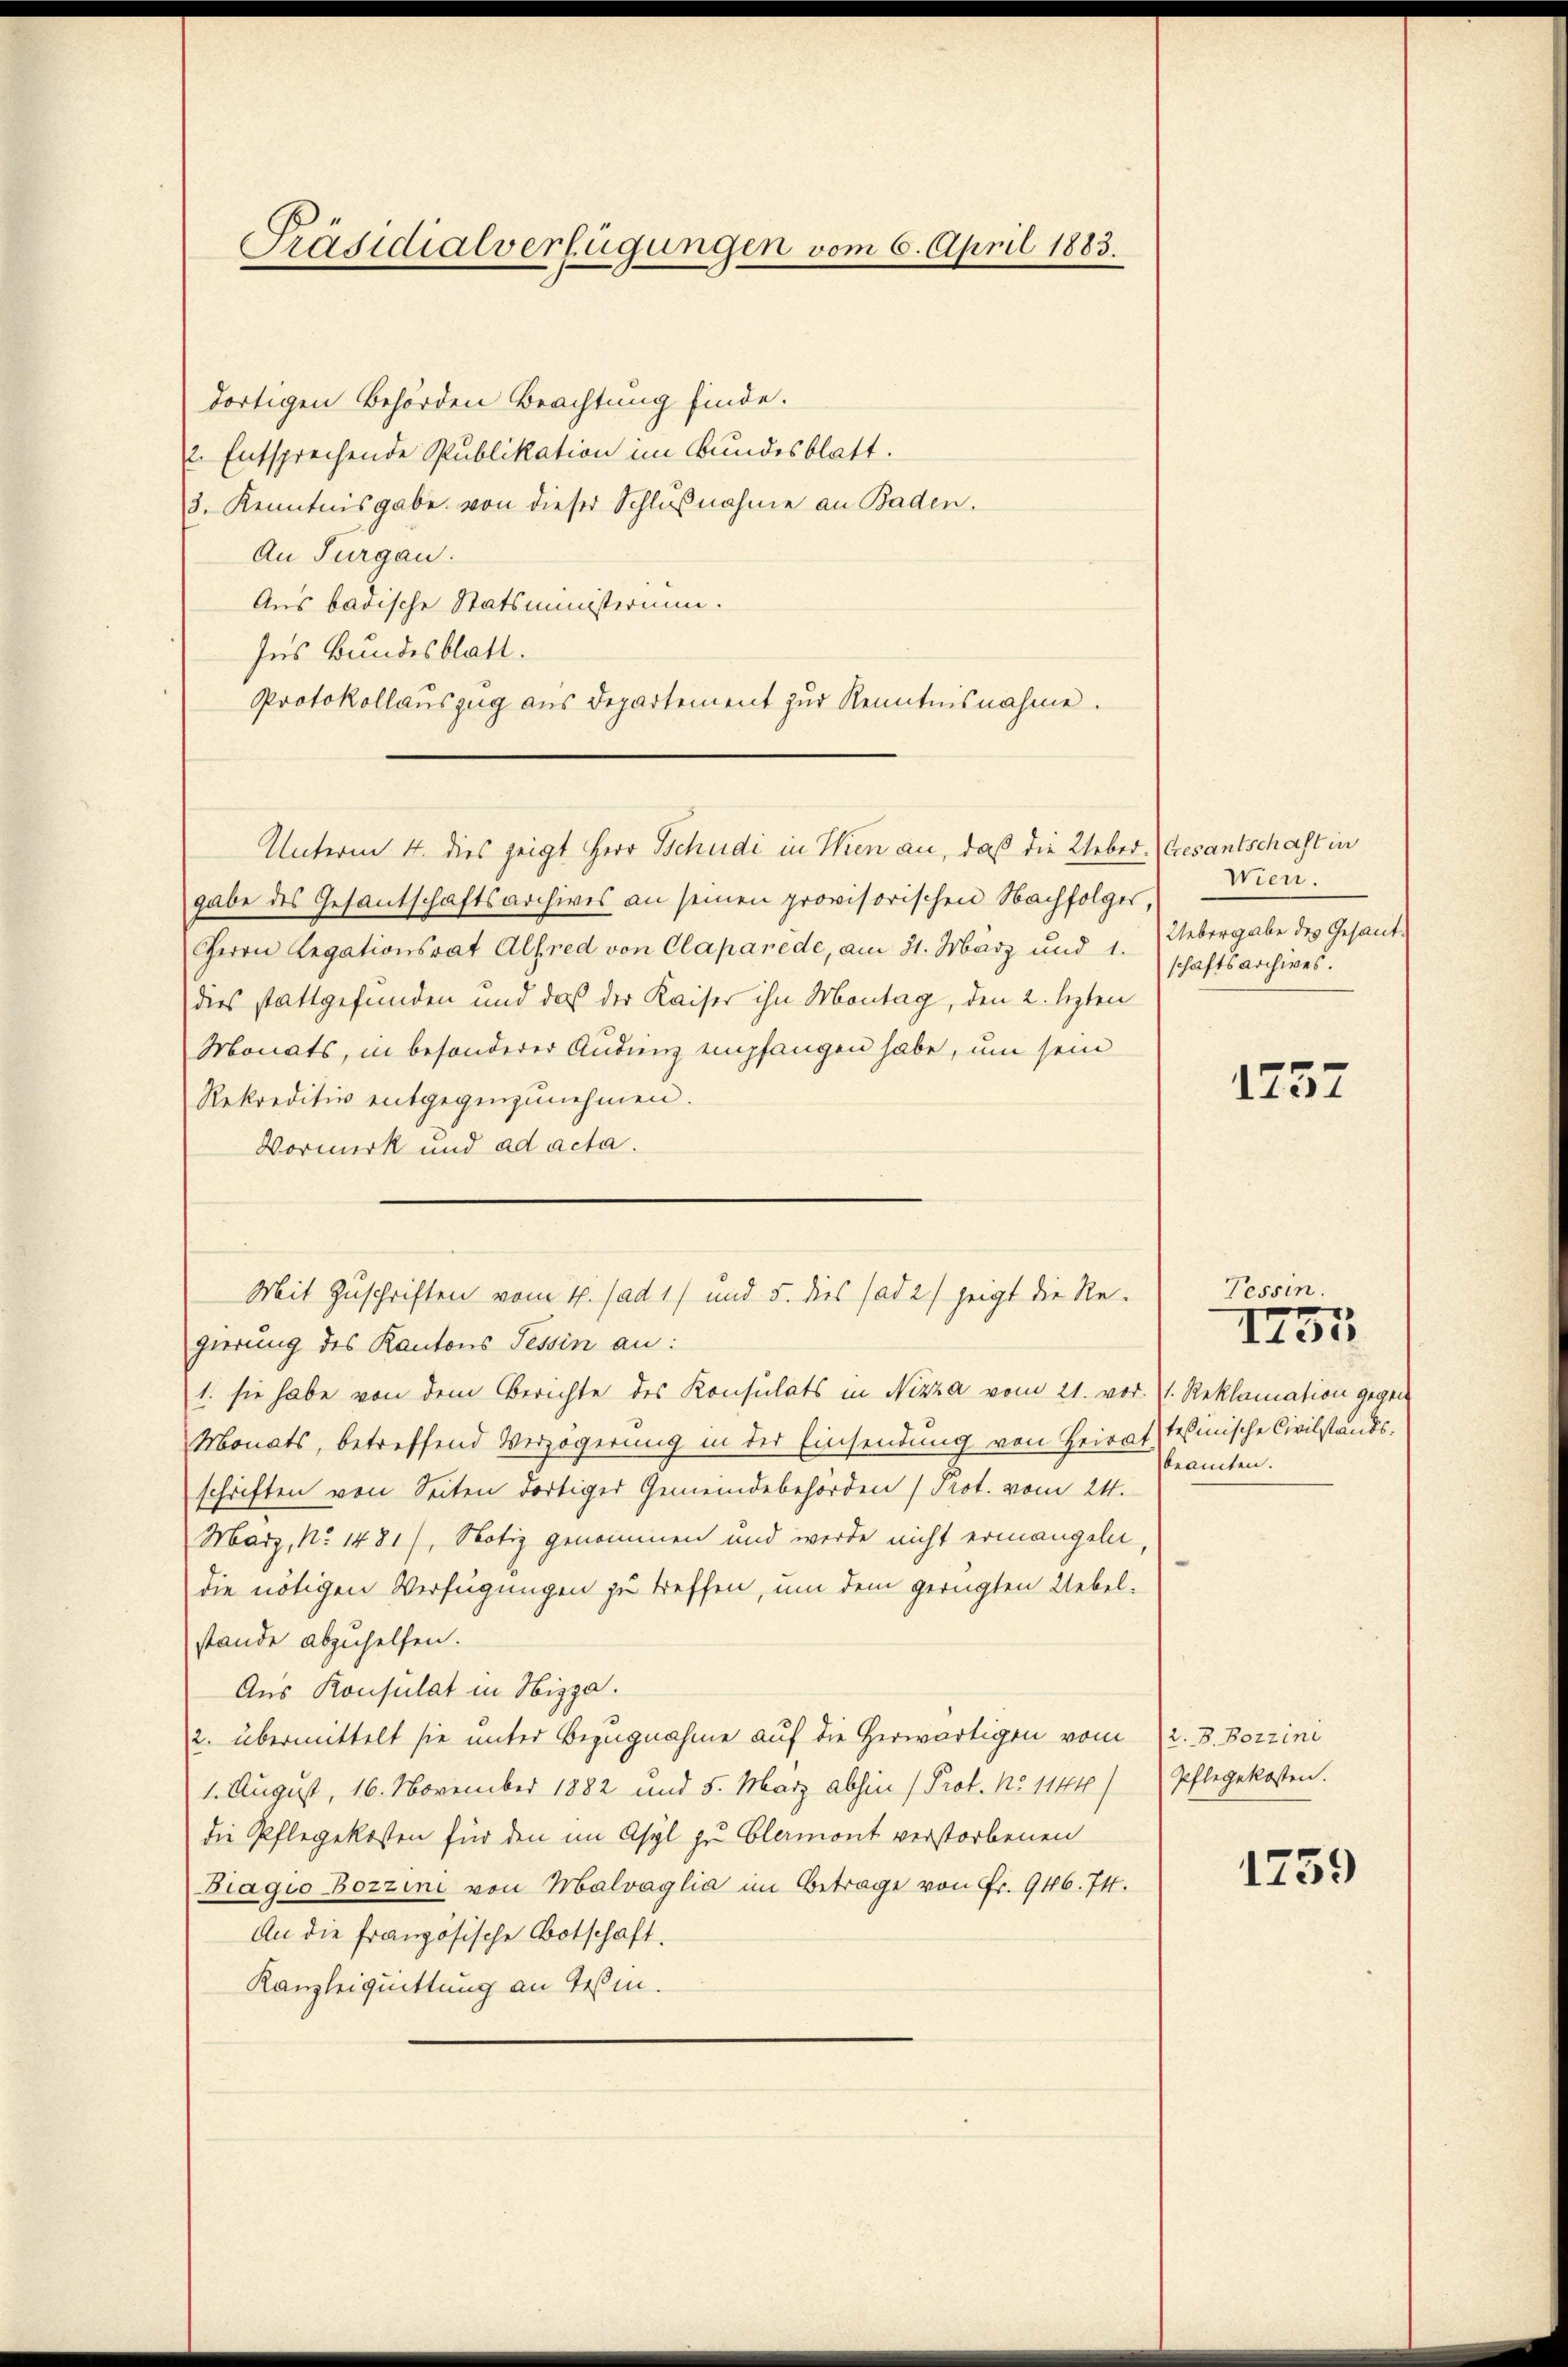
Präsidialverfügungen vom 6. April 1883.

dortigen Behörden Beachtung finde.
2. Entsprechende Publikation im Bundesblatt.
3. Kenntnisgabe von dieser Schlußnahme an Baden.
An Turgau.
Aus badische Statsministerium.
Ins Bundesblatt.
Protokollauszug aus Departement zur Kenntnisnahme.
gabe des Gesantschaftsarchives an seinen provisorischen Nachfolger,
Herrn Legationsrat Alfred von Claparede, am 31. März und 1. Uebergabe des Gesant-
dies stattgefunden und daß der Kaiser ihn Montag, den 2. lezten
Monats, in besonderer Audienz empfangen habe, um sein
Rekreditiv entgegenzunehmen.
Vormerk und ad acta.
gierung des Kantons Tessin an:
1. sie habe von dem Berichte des Konsulats in Nizza vom 21. vor.
Monats, betreffend Verzögerung in der Einsendung von Heirat-
schriften von Seiten dortiger Gemeindebehörden (Prot. vom 24.
Marz, No 1481/, Notiz genommen und werde nicht ermangeln,
die nötigen Verfügungen zu treffen, um dem gerügten Uebelstände abzuhelfen.
Aus Konsulat in Hizga.
2. übermittelt sie unter Bezugnahme auf die Herwärtigen vom
1. August, 16. November 1882 und 5. März abhin (Prof. No 1144/
die Pflegekosten für den im Asyl zu Clemont verstorbenen
Biagio Bozzini von Malvaglia im Betrage von Fr. 946. 74.
An die französische Botschaft.
Kanzleiquittung an Teßin.

Unterm 4. dies zeigt Herr Schudi in Wien an, daß die Ueber. Gesantschaft in

Mit Zuschriften vom 4. Jad 1) und 5. dies ad 2) zeigt die Re-

Wien.
schaftsarchives.

1257

Tessin.

e
I13.

1. Reklamation gegen
tesinische Civilstandsbeamten.

2. B. Botzini
Pflegekosten.

1739